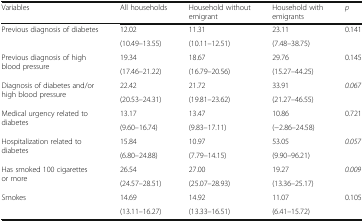
<table><thead><tr><td><b>Variables</b></td><td><b>All households</b></td><td><b>Household without emigrant</b></td><td><b>Household with emigrants</b></td><td><b><i>p</i></b></td></tr></thead><tbody><tr><td rowspan="2">Previous diagnosis of diabetes</td><td>12.02</td><td>11.31</td><td>23.11</td><td>0.141</td></tr><tr><td>(10.49–13.55)</td><td>(10.11–12.51)</td><td>(7.48–38.75)</td><td></td></tr><tr><td rowspan="2">Previous diagnosis of high blood pressure</td><td>19.34</td><td>18.67</td><td>29.76</td><td>0.145</td></tr><tr><td>(17.46–21.22)</td><td>(16.79–20.56)</td><td>(15.27–44.25)</td><td></td></tr><tr><td rowspan="2">Diagnosis of diabetes and/or high blood pressure</td><td>22.42</td><td>21.72</td><td>33.91</td><td><i>0.067</i></td></tr><tr><td>(20.53–24.31)</td><td>(19.81–23.62)</td><td>(21.27–46.55)</td><td></td></tr><tr><td rowspan="2">Medical urgency related to diabetes</td><td>13.17</td><td>13.47</td><td>10.86</td><td>0.721</td></tr><tr><td>(9.60–16.74)</td><td>(9.83–17.11)</td><td>(−2.86–24.58)</td><td></td></tr><tr><td rowspan="2">Hospitalization related to diabetes</td><td>15.84</td><td>10.97</td><td>53.05</td><td><i>0.057</i></td></tr><tr><td>(6.80–24.88)</td><td>(7.79–14.15)</td><td>(9.90–96.21)</td><td></td></tr><tr><td rowspan="2">Has smoked 100 cigarettes or more</td><td>26.54</td><td>27.00</td><td>19.27</td><td><i>0.009</i></td></tr><tr><td>(24.57–28.51)</td><td>(25.07–28.93)</td><td>(13.36–25.17)</td><td></td></tr><tr><td rowspan="2">Smokes</td><td>14.69</td><td>14.92</td><td>11.07</td><td>0.105</td></tr><tr><td>(13.11–16.27)</td><td>(13.33–16.51)</td><td>(6.41–15.72)</td><td></td></tr></tbody></table>